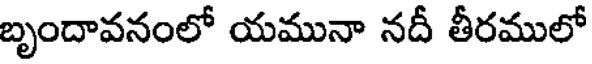
బృందావనంలో యమునా నదీ తీరములో